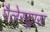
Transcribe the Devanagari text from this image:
पैलेस्ट्रास